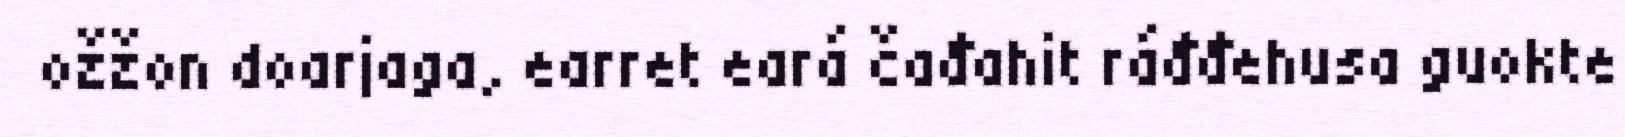
ožžon doarjaga, earret eará čađahit ráđđehusa guokte